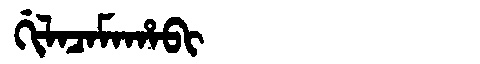
Manchu: ᡤᡳᠯᠠᠴᠠᠮᠠᡥᠠᠪᡳ
Romanization: GILACAMAHABI